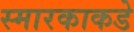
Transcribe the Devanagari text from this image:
स्मारकाकडे